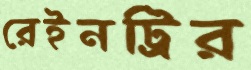
রেইনট্রির